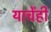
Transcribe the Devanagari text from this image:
याचेंही